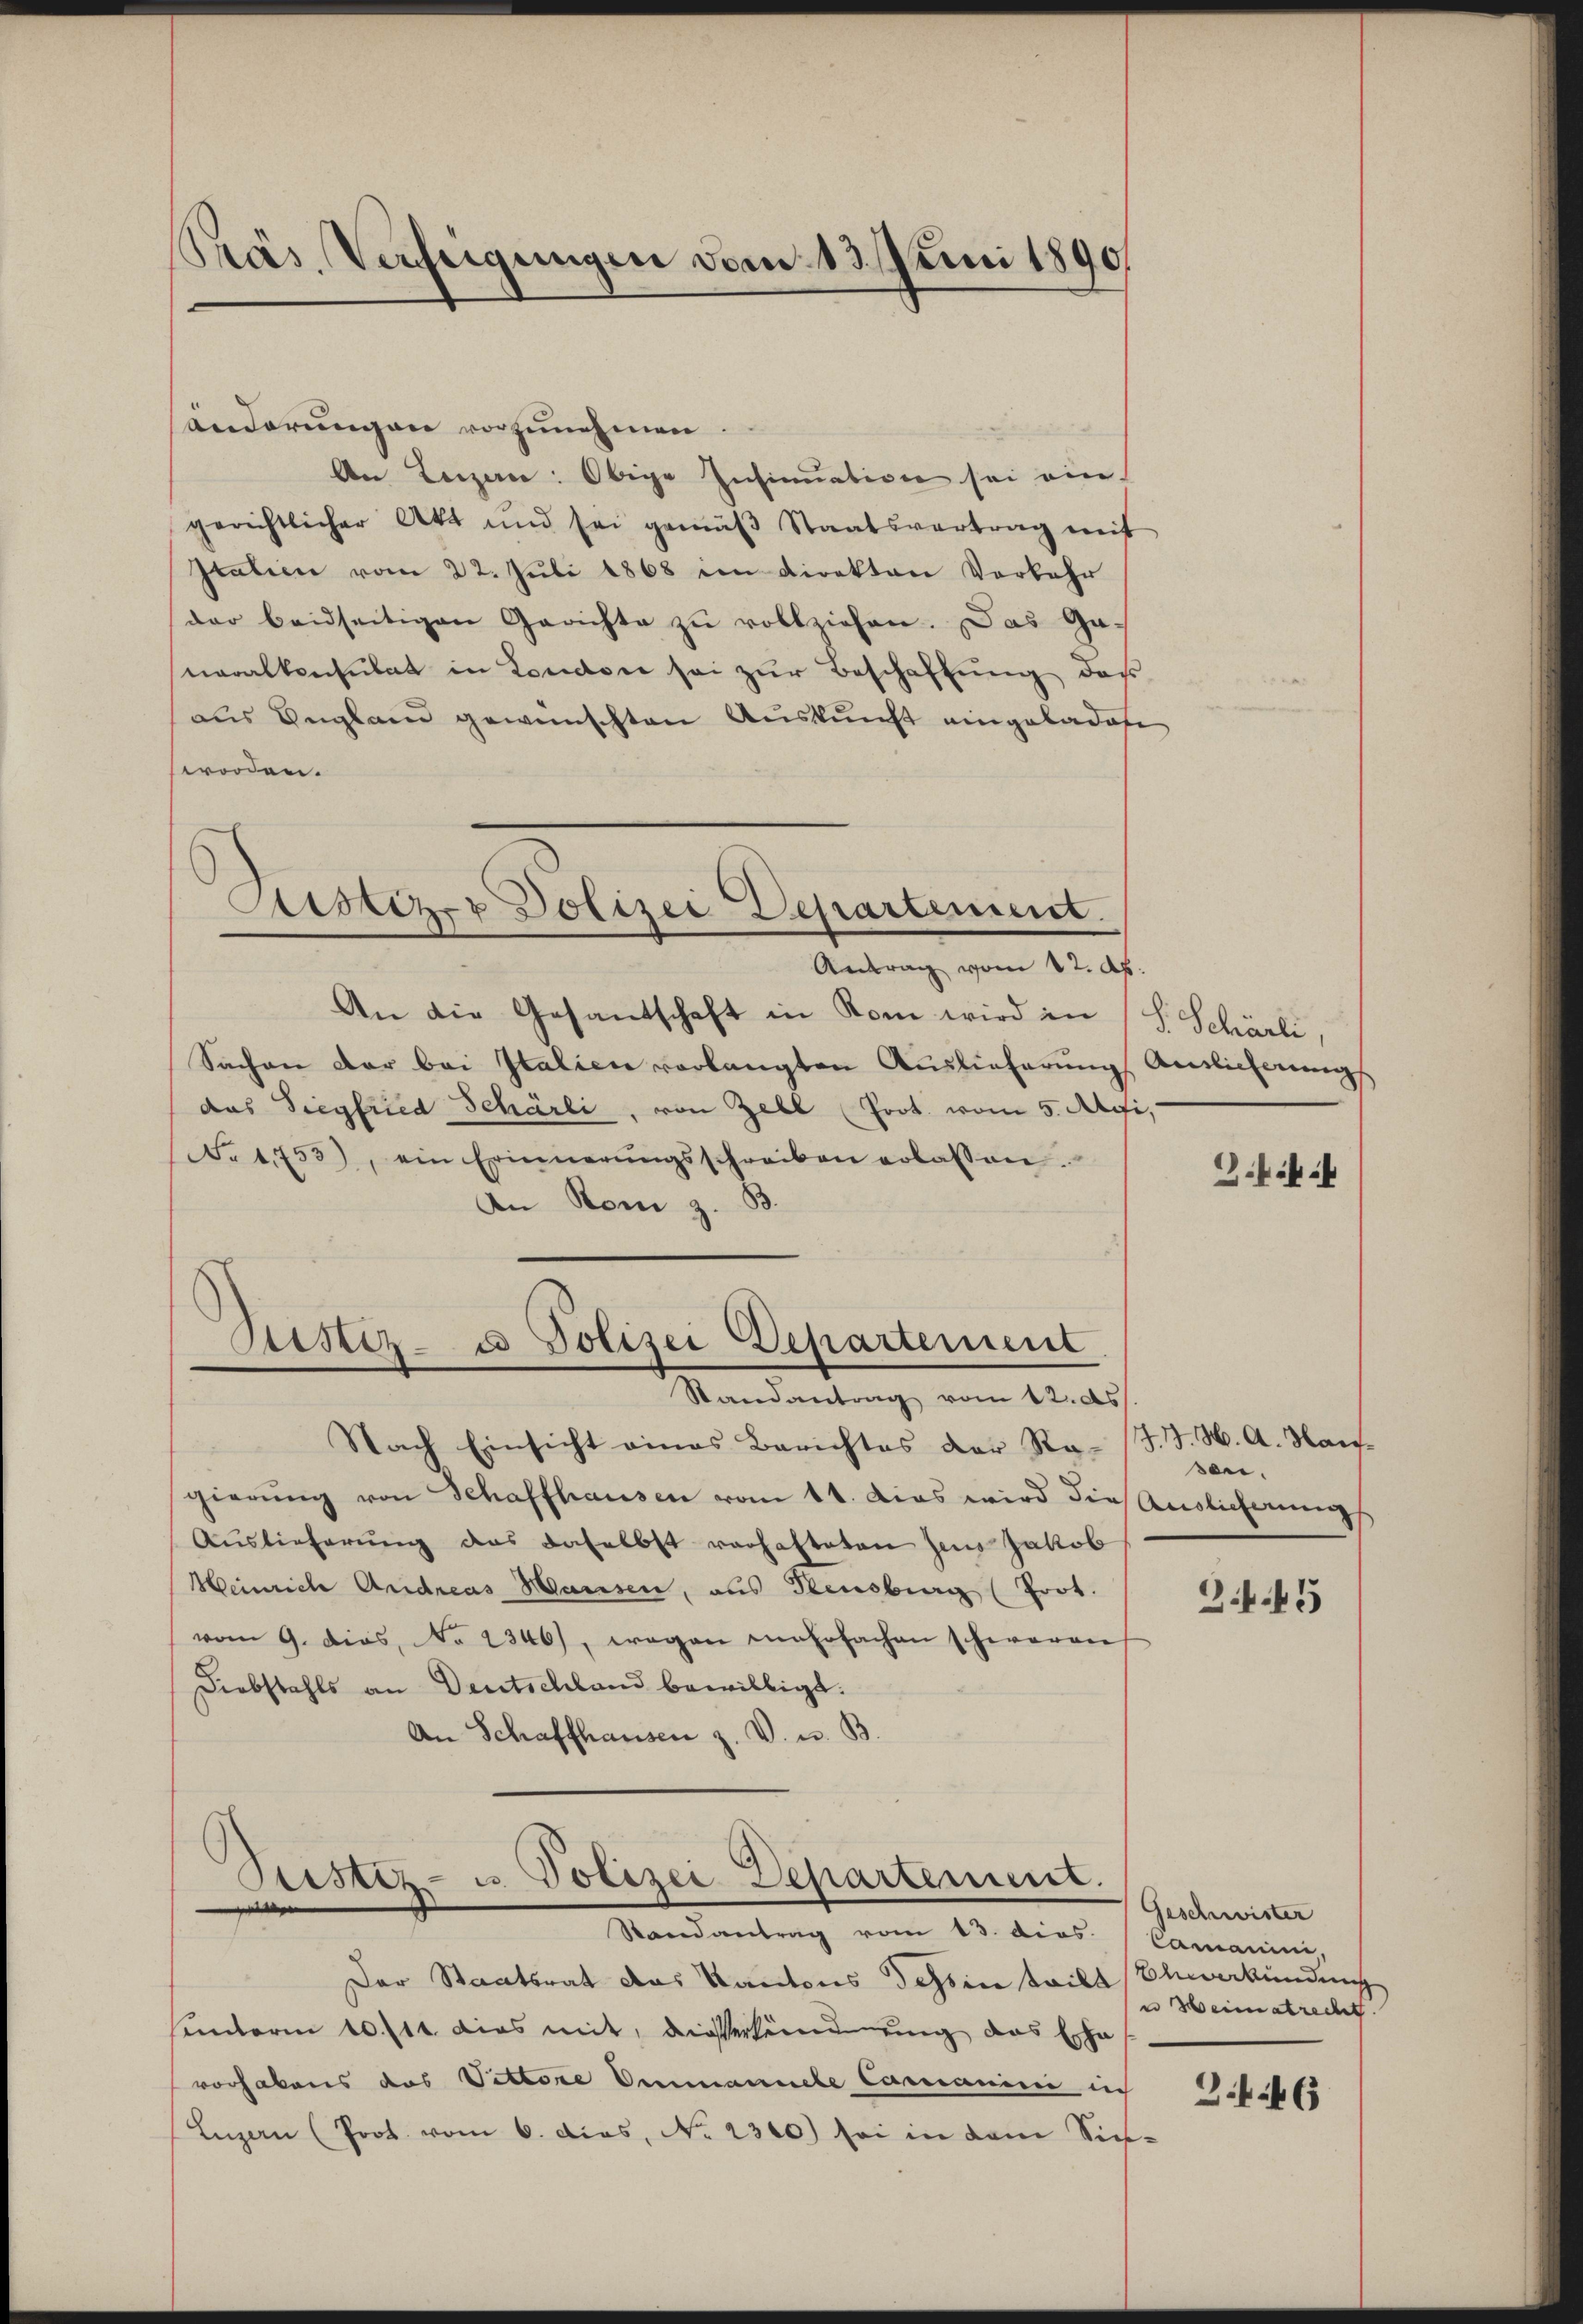
hás. Verfeigungen vom 13. Juni 1890

änderungen vorzunehmen.
An Lenzen: Obige Insinuation sei ein
gerichtlicher Akt und sei gemäβ Staatsvertrag mit
Italien vom 22. Juli 1868 im Direktor Vorkehr
dar beidseitigen Gerichte zu vollziehen. Das Generalkonsulat in Londore sei zur Beschaffung das
aus England gewünschten Auskunft eingeladete
worden.

Atistiz- & Polizei Departement.
Antrag vom 12. Ap

Destiz- u Polizei Departement
Randantrag vom 12. ds

An die Gesandschaft in Rom wird in (S. Schörli,
Sachen der bei Italien vorlangten Auslieferung Anlicherungs
das Siegfried Schärli, von Zell (Prot. vom 5. Api,
No 1753), ein Erinnerŭngsschreiben erlassen.
An Rom z. B.

Nach Einsicht eines Berichtes der Ra-
gierung von Schaffhausen vom 11. Das wird die Auslieferungs
Auslieferung das daselbst verhafteten sans Jakob
Heinrich Andreas Hausen, aus Rensburg (Prot.
vom 9. dies, No 1346), wegen mehrfachen schweren
Diebstahls an Deutschland bewilligt.
An Schaffhausen z. V. u. B.

Zustiz- u. Polizei Departement.
Randantrag vom 13. dies. Camanin,

Der Staatsrat das Kantons Tessin teilt Bleverkündung
sunterm 10./14. dies mit, dieserleumdung das Erha
vorhabens das Vittore Ammanuele Comanini in Geset
Luzern (Prot. vom 6. dies, No. 2310) sei in dem Sich-

.k.

J. J. M. A. Maisn.

3

Geschwister
u Heimatrecht.